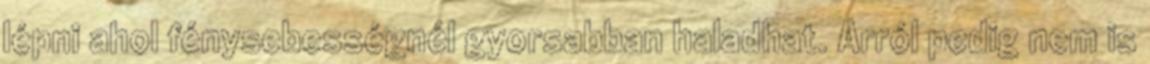
lépni ahol fénysebességnél gyorsabban haladhat. Arról pedig nem is